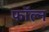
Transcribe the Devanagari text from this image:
फॉल्न